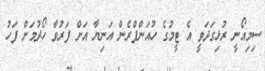
ސިމިއޯނީ ރުޅިގަދަވީ އެ ޓީމުގެ ހުއަންފްރެން އަނިޔާ އަށް ފަރުވާ ހޯދުމަށް ފަހު